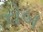
રોબ